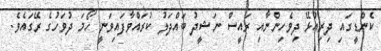
ކެންޑީގައި ދިރިއުޅޭ ދިވެހިންނާއި ރައީސް ނަޝީދު ބައްދަލު ކުރައްވާފައިވަނީ ހޯމަ ދުވަހުގެ ރޭގައެވެ.